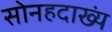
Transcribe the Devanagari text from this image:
सोनहदाख्यं